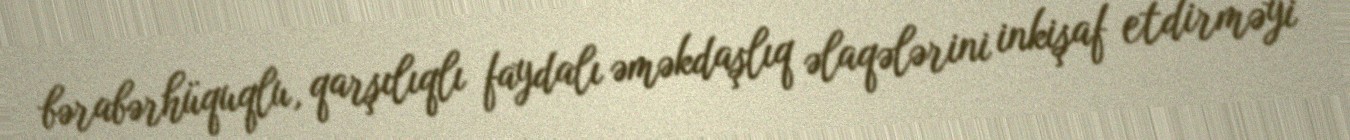
bərabərhüquqlu, qarşılıqlı faydalı əməkdaşlıq əlaqələrini inkişaf etdirməyi